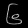
Digit: ၆